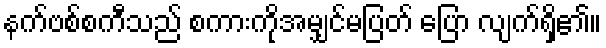
နက်ဗစ်စကီသည် စကားကိုအမျှင်မပြတ် ပြော လျက်ရှိ၏။